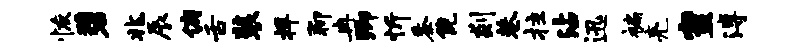
恢碧兆辰俯舌装捍聊冉卿忻黍倪剡巷拄沾迅褊亮蜜溥